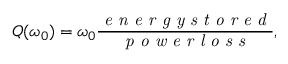
Q ( \omega _ { 0 } ) = \omega _ { 0 } \frac { \textit { e n e r g y s t o r e d } } { \textit { p o w e r l o s s } } ,